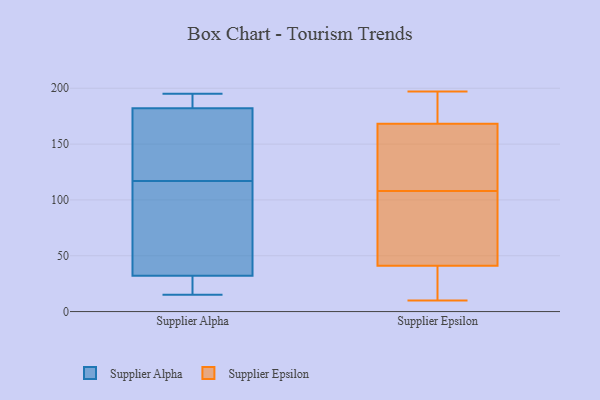
{"axis": {"x": "Tickets Resolved", "y": "Value"}, "legend": ["Supplier Alpha", "Supplier Epsilon"], "data": [{"x": "", "y": 162, "type": "Supplier Alpha"}, {"x": "", "y": 40, "type": "Supplier Alpha"}, {"x": "", "y": 175, "type": "Supplier Alpha"}, {"x": "", "y": 15, "type": "Supplier Alpha"}, {"x": "", "y": 189, "type": "Supplier Alpha"}, {"x": "", "y": 182, "type": "Supplier Alpha"}, {"x": "", "y": 72, "type": "Supplier Alpha"}, {"x": "", "y": 28, "type": "Supplier Alpha"}, {"x": "", "y": 195, "type": "Supplier Alpha"}, {"x": "", "y": 32, "type": "Supplier Alpha"}, {"x": "", "y": 25, "type": "Supplier Epsilon"}, {"x": "", "y": 10, "type": "Supplier Epsilon"}, {"x": "", "y": 23, "type": "Supplier Epsilon"}, {"x": "", "y": 189, "type": "Supplier Epsilon"}, {"x": "", "y": 108, "type": "Supplier Epsilon"}, {"x": "", "y": 162, "type": "Supplier Epsilon"}, {"x": "", "y": 131, "type": "Supplier Epsilon"}, {"x": "", "y": 43, "type": "Supplier Epsilon"}, {"x": "", "y": 187, "type": "Supplier Epsilon"}, {"x": "", "y": 117, "type": "Supplier Epsilon"}, {"x": "", "y": 189, "type": "Supplier Epsilon"}, {"x": "", "y": 197, "type": "Supplier Epsilon"}, {"x": "", "y": 89, "type": "Supplier Epsilon"}, {"x": "", "y": 55, "type": "Supplier Epsilon"}, {"x": "", "y": 46, "type": "Supplier Epsilon"}, {"x": "", "y": 35, "type": "Supplier Epsilon"}, {"x": "", "y": 153, "type": "Supplier Epsilon"}]}